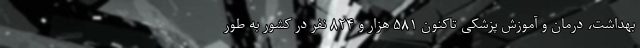
بهداشت، درمان و آموزش پزشکی تاکنون ۵۸۱ هزار و ۸۲۴ نفر در کشور به طور